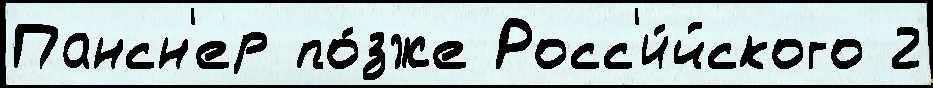
Пансн'ер по́зже Росс'и́йского 2